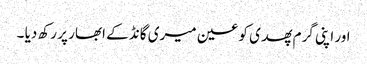
اور اپنی گرم پھدی کو عین میری گانڈ کے ابھار پر رکھ دیا ۔